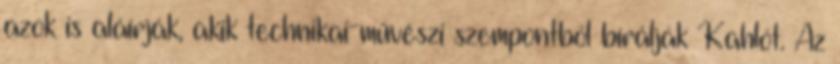
azok is aláírják, akik technikai-művészi szempontból bírálják Kahlót. Az